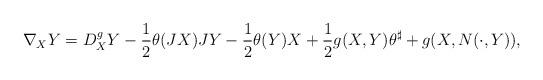
LaTeX: \begin{align*} \nabla_XY=D^g_XY-\frac{1}{2}\theta(JX)JY-\frac{1}{2}\theta(Y)X+\frac{1}{2}g(X,Y)\theta^\sharp+g(X,N(\cdot,Y)), \end{align*}